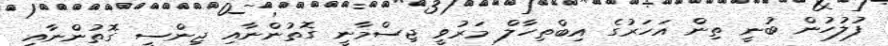
ފުލުހުން ބުނީ ތިން އަހަރުގެ އިބްތިހާލް މަރުވީ ޖިސްމާނީ ގޮތުންނާއި ޖިންސީ ގޮތުންނާއި